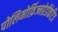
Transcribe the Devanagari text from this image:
पोलिमोर्फ़िज्मप्रेडीकेटिव